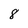
Character: 8